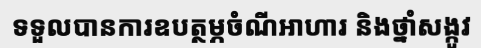
ទទួលបានការឧបត្ថម្ភចំណីអាហារ និងថ្នាំសង្កូវ